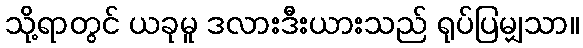
သို့ရာတွင် ယခုမူ ဒလားဒီးယားသည် ရုပ်ပြမျှသာ။